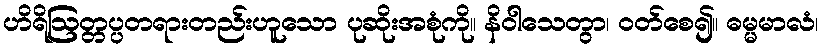
ဟိရိဩတ္တပ္ပတရားတည်းဟူသော ပုဆိုးအစုံကို။ နိဝါသေတွာ၊ ဝတ်စေ၍။ ဓမ္မမာလံ၊